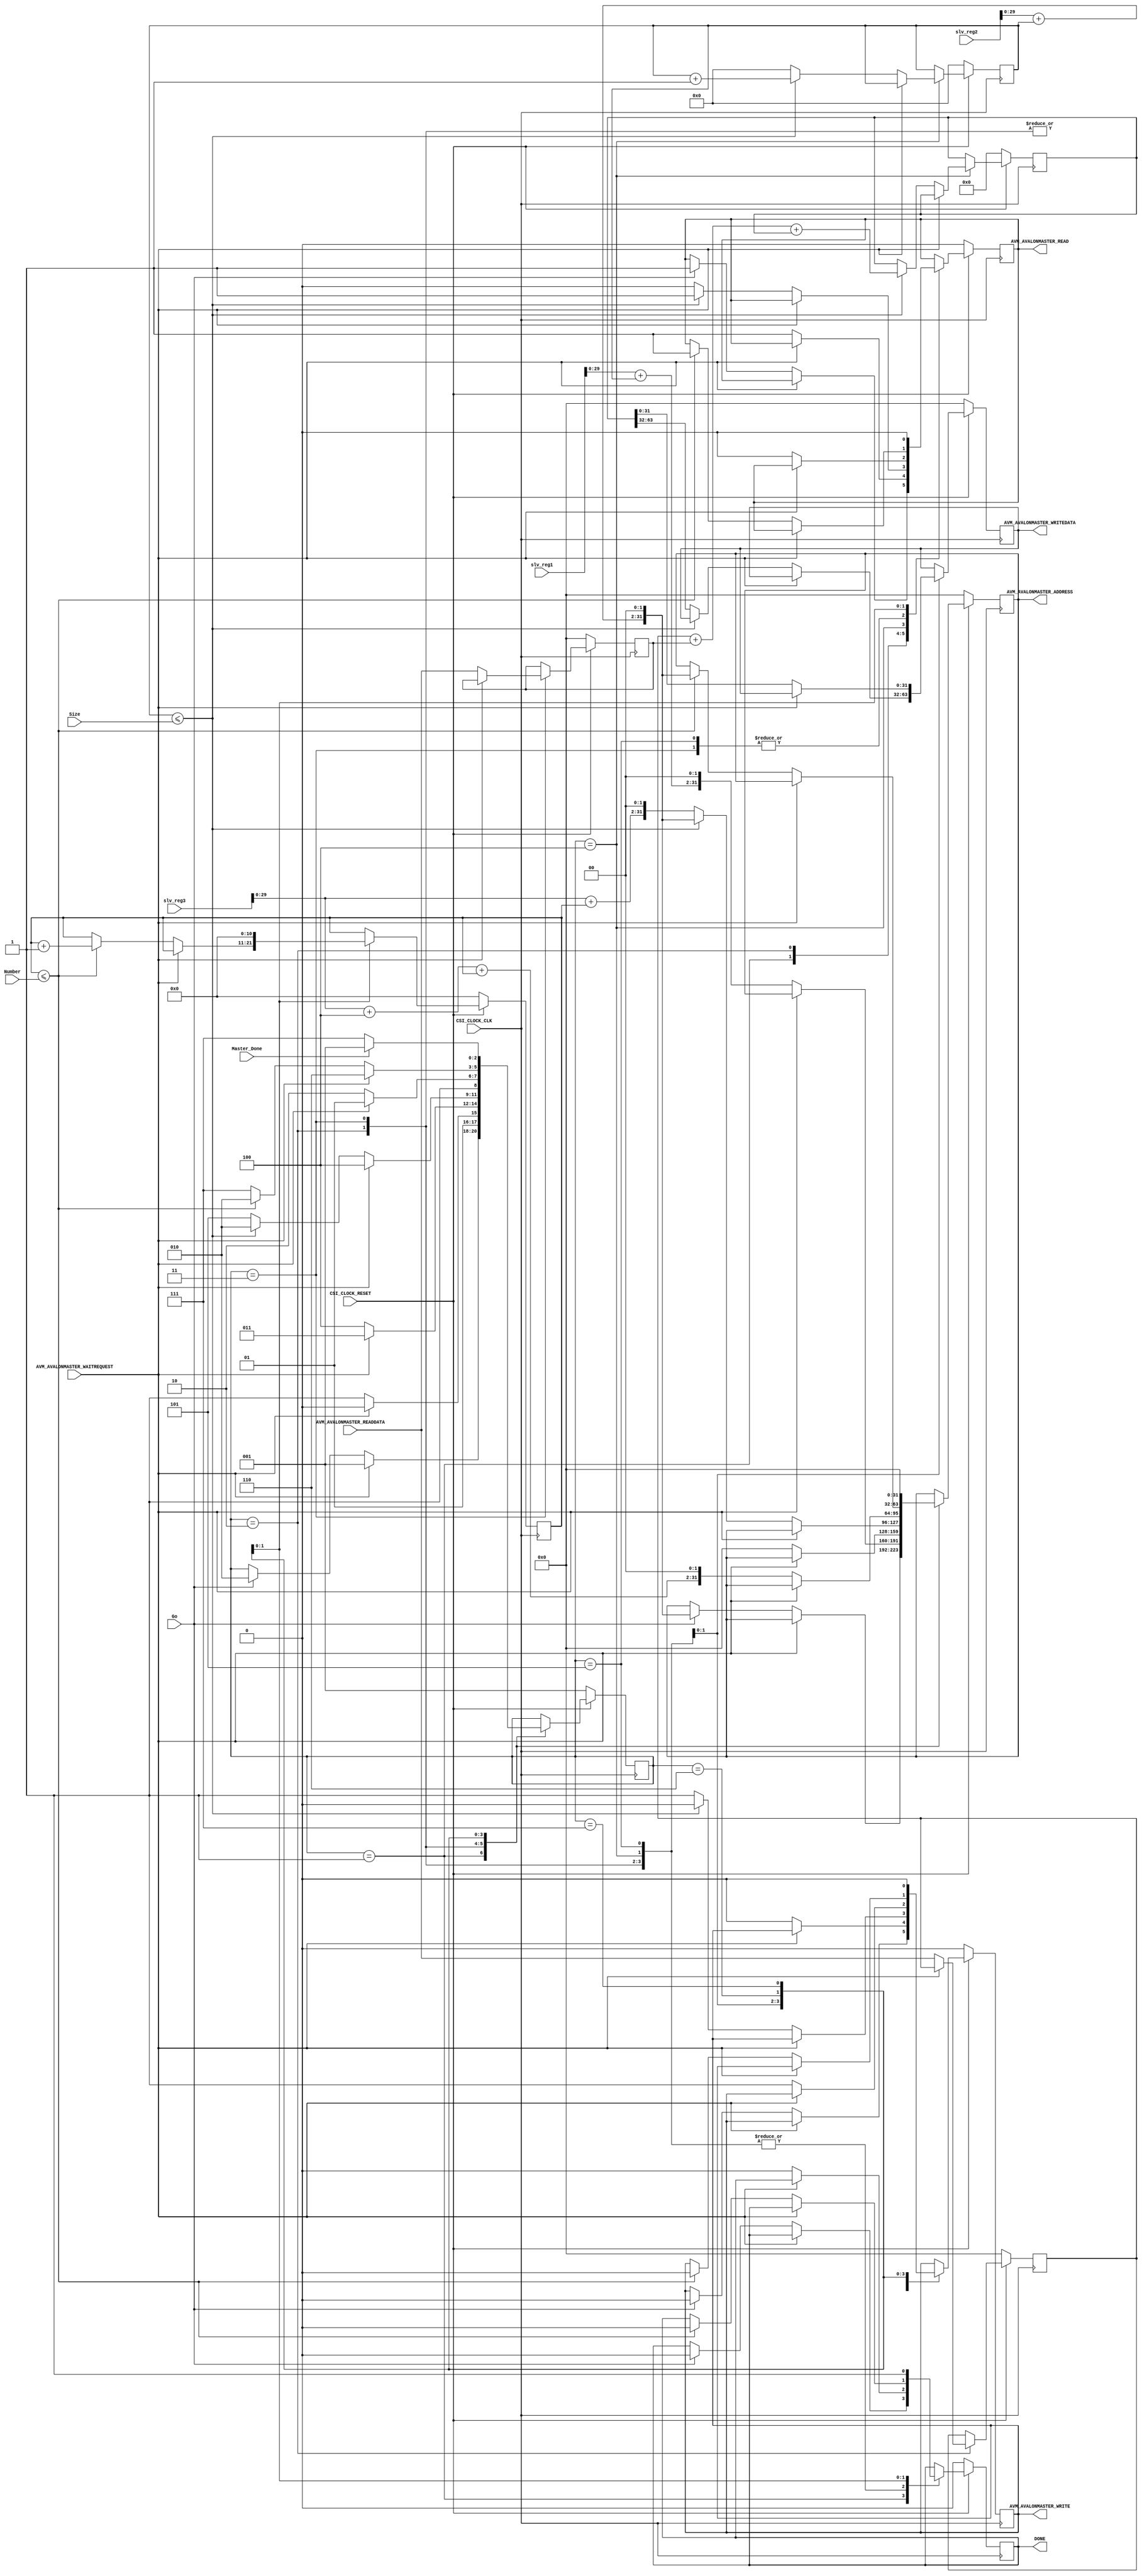
module AVM_AVALONMASTER_MAGNITUDE #
(
  // you can add parameters here
  // you can change these parameters
  parameter integer AVM_AVALONMASTER_DATA_WIDTH = 32,
  parameter integer AVM_AVALONMASTER_ADDRESS_WIDTH = 32
)
(
  // user ports begin

  // these are just some example ports. you can change them all
  input wire Go,
  output wire DONE,
  input wire[18:0] Size,
  input wire[10:0] Number,
  input wire [AVM_AVALONMASTER_DATA_WIDTH - 1:0] slv_reg1,
  input wire [AVM_AVALONMASTER_DATA_WIDTH - 1:0] slv_reg2,
  input wire [AVM_AVALONMASTER_DATA_WIDTH - 1:0] slv_reg3,
  input Master_Done,

  // user ports end
  // dont change these ports
  input wire CSI_CLOCK_CLK,
  input wire CSI_CLOCK_RESET,
  output wire [AVM_AVALONMASTER_ADDRESS_WIDTH - 1:0] AVM_AVALONMASTER_ADDRESS,
  input wire AVM_AVALONMASTER_WAITREQUEST,
  output wire AVM_AVALONMASTER_READ,
  output wire AVM_AVALONMASTER_WRITE,
  input wire [AVM_AVALONMASTER_DATA_WIDTH - 1:0] AVM_AVALONMASTER_READDATA,
  output wire [AVM_AVALONMASTER_DATA_WIDTH - 1:0] AVM_AVALONMASTER_WRITEDATA
);

  //parameters
  localparam  Wait_For_Go = 1;
  localparam  Read_Left_Register = 2;
  localparam  Read_Right_Register = 3;
  localparam  Do_Sum = 4;
  localparam  Send_32MSB = 5;
  localparam  Send_32LSB = 6;
  localparam  Done_State = 7;

  // output wires and registers
  // you can change name and type of these ports
  reg done;

  reg [AVM_AVALONMASTER_ADDRESS_WIDTH - 1:0] address;
  reg read;
  reg write;
  reg [AVM_AVALONMASTER_DATA_WIDTH - 1:0] writedata;

  //My registers
  reg[2:0] Now_State;
  wire Wait_Request;
  reg[AVM_AVALONMASTER_DATA_WIDTH - 1:0] Left_Reg_Data;
  reg[AVM_AVALONMASTER_DATA_WIDTH - 1:0] Right_Reg_Data;
  wire[AVM_AVALONMASTER_DATA_WIDTH - 1:0] Read_Data;
  reg[2 * AVM_AVALONMASTER_DATA_WIDTH - 1:0] Sum_Reg;
  reg[10:0] Number_Count;
  reg[18:0] Size_Count;
  // I/O assignment
  // never directly send values to output
  assign DONE = done;
  assign AVM_AVALONMASTER_ADDRESS = address;
  assign AVM_AVALONMASTER_READ = read;
  assign AVM_AVALONMASTER_WRITE = write;
  assign AVM_AVALONMASTER_WRITEDATA = writedata;

  //My Assigns
  assign Wait_Request = AVM_AVALONMASTER_WAITREQUEST;
  assign Read_Data = AVM_AVALONMASTER_READDATA;

  /****************************************************************************
  * all main function must be here or in main module. you MUST NOT use control
  * interface for the main operation and only can import and export some wires
  * from/to it
  ****************************************************************************/

  // user logic begin
  always @(posedge CSI_CLOCK_CLK)
  begin
    if(CSI_CLOCK_RESET == 0)
    begin
      done <= 1'b0;
      Sum_Reg <= 0;
      read <= 1'b0;
      write <= 1'b0;
      address <= 0;
      Left_Reg_Data <= 0;
      Right_Reg_Data <= 0;
      Number_Count <= 11'b0;
      Size_Count <= 19'b0;
      writedata <= 0;
      Now_State <= Wait_For_Go;
    end
    else
    begin
      case(Now_State)
        Wait_For_Go:begin
            if(Wait_Request) begin
                Now_State <= Wait_For_Go;
            end
            else begin
                if(Go) begin
                    Now_State <= Read_Left_Register;
                    done <= 1'b0;
                    read <= 1'b1;
                    write <= 1'b0;
                    address <= slv_reg2 + Size_Count << 2;
                end
            end
        end

        Read_Left_Register:begin
            if(Wait_Request) begin
                Now_State <= Read_Left_Register;
            end
            else begin
                Now_State <= Read_Right_Register;
                Left_Reg_Data <= Read_Data;
                read <= 1'b1;
                write <= 1'b0;
                done <= 1'b0;
                address <= slv_reg1 + Size_Count << 2;
            end
        end

        Read_Right_Register:begin
            if(Wait_Request) begin
                Now_State <= Read_Right_Register;
            end
            else begin
                Now_State <= Do_Sum;
                read <= 1'b0;
                write <= 1'b0;
                done <= 1'b0;
                address <= 1'b0;
                Right_Reg_Data <= Read_Data;
            end
        end

        Do_Sum:begin
            if(Wait_Request) begin
                Now_State <= Do_Sum;
            end
            else if(Size_Count <= Size) begin
                Size_Count <= Size_Count + 1;
                Sum_Reg <= Left_Reg_Data + Right_Reg_Data + Sum_Reg;
                read <= 1'b1;
                write <= 1'b0;
                done <= 1'b0;
                address <= slv_reg2 + Size_Count << 2;
                Now_State <= Read_Left_Register;
            end
            else begin
                Now_State <= Send_32MSB;
                Size_Count <= 0;
                read <= 1'b0;
                write <= 1'b1;
                done <= 1'b0;
                address <= slv_reg3 + Number_Count << 2;
                writedata <= Sum_Reg[2 * AVM_AVALONMASTER_DATA_WIDTH - 1:AVM_AVALONMASTER_DATA_WIDTH];
            end
        end

        Send_32MSB:begin
            if(Wait_Request) begin
                Now_State <= Send_32MSB;
            end
            else begin
                Now_State <= Send_32LSB;
                read <= 1'b0;
                write <= 1'b1;
                done <= 1'b0;
                address <= slv_reg3 + 4 + Number_Count << 2;
                writedata <= Sum_Reg[AVM_AVALONMASTER_DATA_WIDTH - 1:0];
            end
        end

        Send_32LSB:begin
            if(Wait_Request) begin
                Now_State <= Send_32LSB;
            end
            else if(Number_Count <= Number) begin
                Now_State <= Read_Left_Register;
                Number_Count <= Number_Count + 1;
                write <= 1'b0;
                read <= 1'b1;
                done <= 1'b0;
                address <= slv_reg2 + Size_Count << 2;
            end
            else begin
                Now_State <= Done_State;
            end
        end

        Done_State:begin
            done <= 1'b1;
            write <= 1'b0;
            read <= 1'b0;
            address <= 1'b0;
            Number_Count <= 0;
            if(Master_Done)begin
                Now_State <= Wait_For_Go;
            end
            else begin
                Now_State <= Done_State;
            end
        end
      endcase
    end
  end
  // user logic end

endmodule